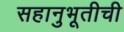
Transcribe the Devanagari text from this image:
सहानुभूतीची